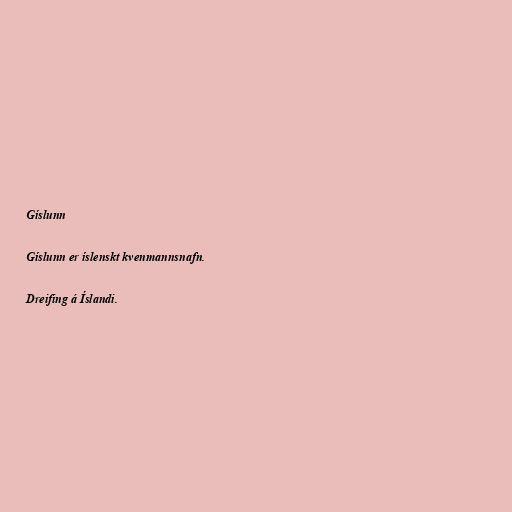
Gíslunn

Gíslunn er íslenskt kvenmannsnafn.

Dreifing á Íslandi.